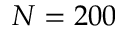
N = 2 0 0